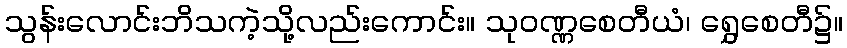
သွန်းလောင်းဘိသကဲ့သို့လည်းကောင်း။ သုဝဏ္ဏစေတီယံ၊ ရွှေစေတီ၌။